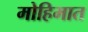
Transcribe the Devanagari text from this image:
मोहिमात